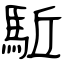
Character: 駈